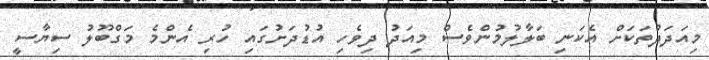
މިއަދަދުތަކަށް އެކަނި ބަލާލުމުންވެސް މިއަދު ދިވެހި އުޑުދަށުގައި ހުރި އެންމެ މަގްބޫލު ސިޔާސީ